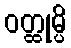
ဝတ္ထုမ္ပိ